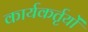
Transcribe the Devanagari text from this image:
कार्यकर्तृयों